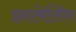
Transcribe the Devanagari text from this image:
इनामेलिंग